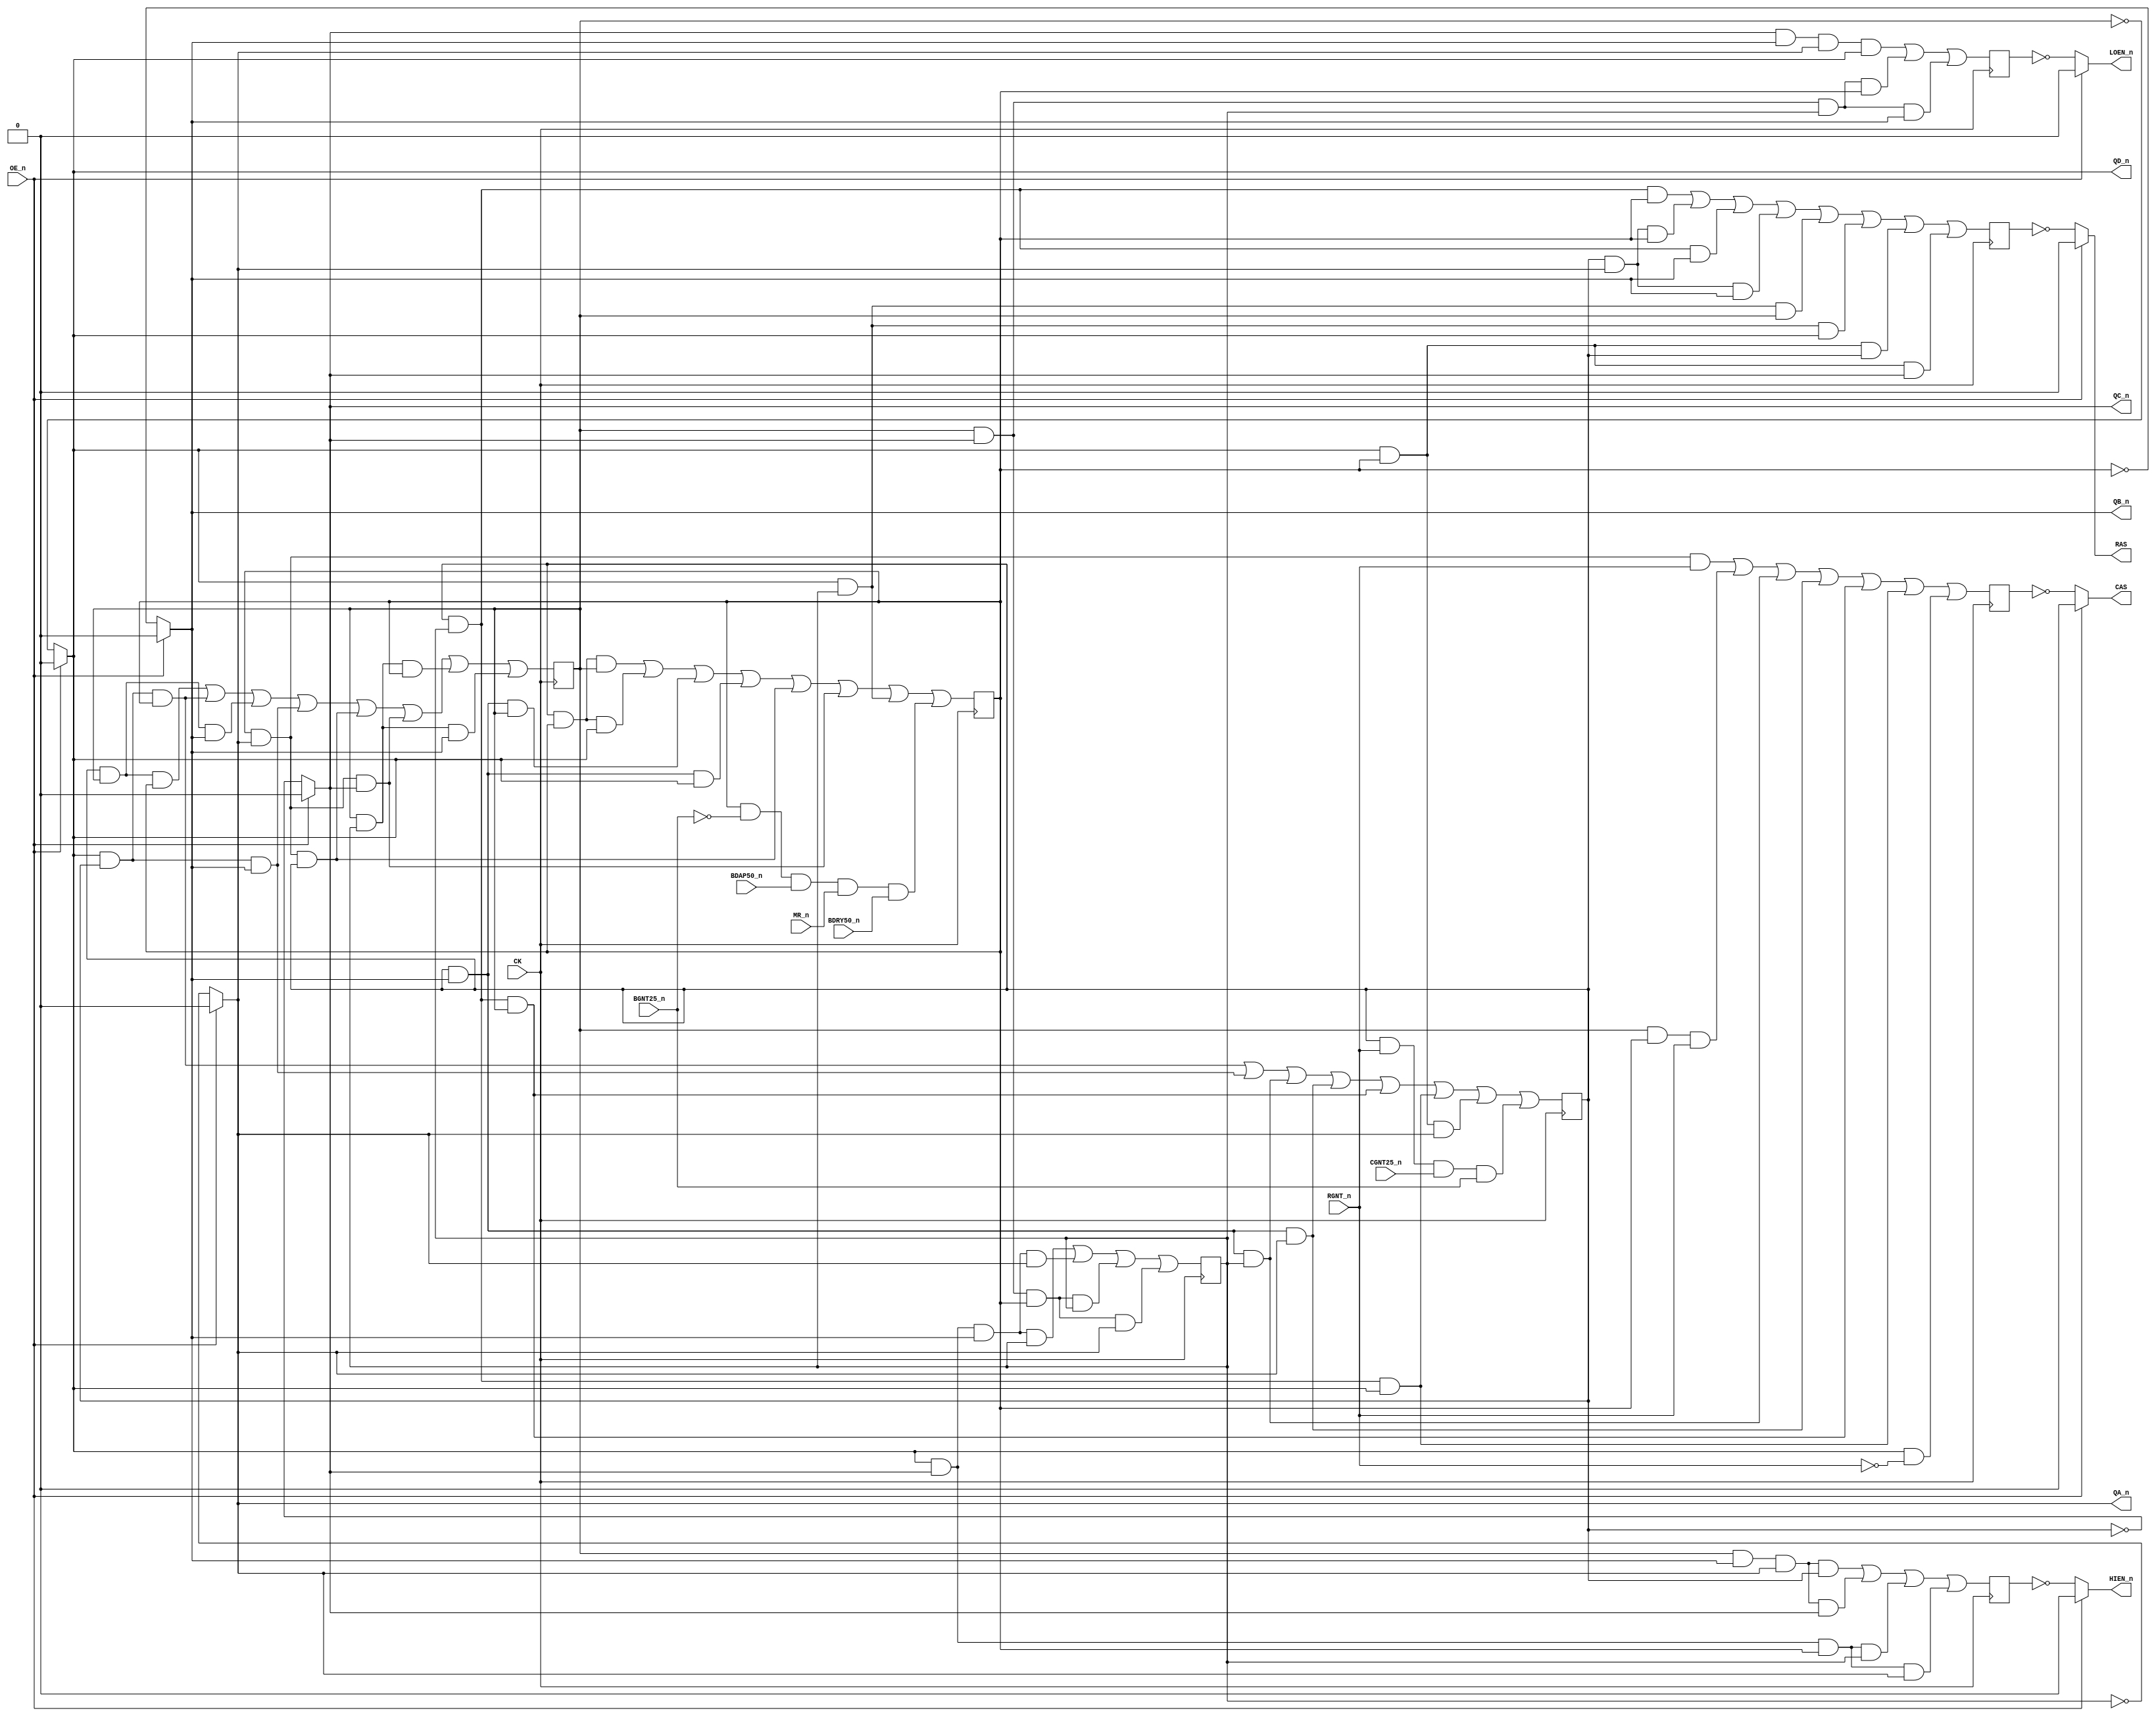
// This program was cloned from: https://github.com/RonnyA/nd-120
// License: MIT License

// PAL16R8
// ADGD 13/8/86
// 44902A,6F,RAMC (RAM CONTROL)

//  RAM CONTROL
//  Sheet 50 of 3202D

// PAL16R8 FAMILY
// PAL16R8 has 8 flip-flips, 8 inputs and 8 outputs (negated from flip-flops with 3-state support)

// https://rocelec.widen.net/view/pdf/c6dwcslffz/VANTS00080-1.pdf



// PCB 3202D sheet 50:
//
// PAL input signal PD3 is connected to PAL OE_n pin
//     input signal OSC is connectec to PAL CK pin

module PAL_44902A(
    input CK,           // Clock signal
    input OE_n,         // OUTPUT ENABLE (active-low) for Q0-Q5

    input RGNT_n,       // I0 - RGNT_n
    //input CGNT_n,       // I1 - CGNT_n (NOT USED!!)
    //input BGNT_n,       // I2 - BGNT_n (NOT USED!!)
    input BDAP50_n,     // I3 - BDAP50_n 
    input MR_n,         // I4 - MR_n 
    input BGNT25_n,     // I5 - BGNT25_n
    input CGNT25_n,     // I6 - CGNT25_n
    input BDRY50_n,     // I7 - BDRY50_n

    output QA_n,        // Q0_n - QA_n (n.c.)
    output QB_n,        // Q1_n - QB_n (n.c.)
    output QC_n,        // Q2_n - QC_n (n.c.)
    output QD_n,        // Q3_n - QD_n
    output RAS,         // Q4_n - RAS
    output CAS,         // Q5_n - CAS
    output LOEN_n,      // Q6_n - LOEN_n
    output HIEN_n       // Q7_n - HIEN_n

    //,output wire [3:0]  Q  // Enable to Debug to watch the value of Q change  
);

// negated input signals (not used signals are commented out)
wire RGNT = ~RGNT_n;       // I0 - RGNT_n
//wire CGNT = ~CGNT_n,       // I1 - CGNT_n
//wire BGNT = ~BGNT_n,       // I2 - BGNT_n 
//wire BDAP50 = ~BDAP50_n,   // I3 - BDAP50_n 
//wire MR = ~MR_n,           // I4 - MR_n 
wire BGNT25 = ~BGNT25_n;   // I5 - BGNT25_n
//wire CGNT25 = ~CGNT25_n,   // I6 - CGNT25_n
//wire BDRY50 = ~BDRY50_n,   // I7 - BDRY50_n


// Internal registers
reg QA_reg;    // Q0_n - QA_n (n.c.)
reg QB_reg;    // Q1_n - QB_n (n.c.)
reg QC_reg;    // Q2_n - QC_n (n.c.)
reg QD_reg;    // Q3_n - QD_n
reg RAS_n_reg; // Q4_n - RAS
reg CAS_n_reg; // Q5_n - CAS
reg LOEN_reg;  // Q6_n - LOEN_n
reg HIEN_reg;  // Q7_n - HIEN_n

// Register signals as wires (to help with the equations) (not used signals are commented out)
wire QA    = QA_reg;
wire QB    = QB_reg; 
wire QC    = QC_reg;
wire QD    = QD_reg;
//wire RAS_n = RAS_n_reg;
//wire CAS_n = CAS_n_reg;
//wire LOEN  = LOEN_reg;
//wire HIEN  = HIEN_reg;



//**** Sequential logic triggered on the rising edge of CLK ****
always @(posedge CK) begin       


// Logic for QA, QB, QC, QD

                                                                //  0)1110 IDLE UNIT NEXT GNT OF ANY TYPE
    QA_reg <=   ( QD_n & QC_n & QB_n & QA   )                   //  1)1010
              | ( QD_n & QC_n & QB_n & QA_n ) 
              | ( QD   & QC_n & QB   & QA   )                   //  2)1011 PAUSE UNTIL BDAP OCCURS (ONLY ON
              | ( QD   & QC_n & QB   & QA_n );
                                                                // NO WAIT STATE ON CPU TO MEMORY WRITE

    QB_reg <=  ( QC   & QB   & QD      )                        // 3) 1001
             | ( QC   & QB   & QD_n    )
             | ( QC   & QB_n & QD      )
             | ( QC   & QB_n & QD_n    )
             | ( QB   & QA_n & QC      )                        // 4) 1000
             | ( QB   & QA_n & QC_n    )
             | ( QD_n & QA             )                        // 5) 0000
             | ( QB   & BGNT25 & BDAP50_n & MR_n & BDRY50_n );  // 6) 0001
                                                                // 7) 0011

    QC_reg <=  ( QD_n & QC   & QB    )                          // 8) 0010
             | ( QD_n & QC   &  QB_n )
             | ( QC   & QB_n & QA    )                          // OTHER STATES WILL GO TO IDLE AFTER 1
             | ( QC   & QB_n & QA_n  )
             | ( QC   & QA   & QD    )
             | ( QC   & QA   & QD_n  )
             | ( QD_n & QB   & QA_n  )
             | ( QC   & RGNT_n & CGNT25_n & BGNT25_n );

    QD_reg <=  ( QC & QD   & QB    )
             | ( QC & QD_n & QB    )
             | ( QC & QD   & QB_n  )
             | ( QC & QD_n & QB_n  )
             | ( QB & QA_n & QC    )
             | ( QB & QA_n & QC_n  )
             | ( QD & QA   & QB    )
             | ( QD & QA   & QB_n  );

// Logic for RAS_n, CAS_n, HIEN_n, LOEN_n (active-low)
    RAS_n_reg <= ( QC   & QA   & QB   )     // RAS=1,2,3,4,5,6
               | ( QC   & QA_n & QB   ) 
               | ( QC   & QA   & QB_n )
               | ( QC   & QA_n & QB_n )
               | ( QD_n & QA   & QD   )
               | ( QD_n & QA   & QD_n )
               | ( QD_n & QB   & QC   )
               | ( QD_n & QB   & QC_n );

    LOEN_reg <= ( QC_n & QB_n & QA_n & QD_n )   // LOEN=3,4,5,6
              | ( QC_n & QB_n & QA_n & QD_n )
              | ( QD   & QC_n & QA   & QB   )
              | ( QD   & QC_n & QA   & QB_n );

    HIEN_reg <=  ( QD   & QB_n & QA_n & QC   )  // HIEN=0,1,2,8
               | ( QD   & QB_n & QA_n & QC_n )
               | ( QD_n & QC_n & QB   & QA   )
               | ( QD_n & QC_n & QB   & QA_n );

     CAS_n_reg <=  ( QB   & QA_n & RGNT_n  )     // CAS=4,5,6,7,8
                 | ( QD   & QB   & RGNT_n  )     // CAS ON REFRESH=1,2,3,4,5
                 | ( QC   & QB_n & QA      )
                 | ( QC   & QB_n & QA_n    ) 
                 | ( QC   & QA & QD        )
                 | ( QC   & QA & QD_n      )
                 | ( QD_n & RGNT           );

    

end

// Tri-state control for Q outputs
// Assigning outputs with three-state logic controlled by OE_n

assign QA_n   = OE_n ? 1'b0 : ~QA_reg;    // Q0_n 
assign QB_n   = OE_n ? 1'b0 : ~QB_reg;    // Q1_n 
assign QC_n   = OE_n ? 1'b0 : ~QC_reg;    // Q2_n 
assign QD_n   = OE_n ? 1'b0 : ~QD_reg;    // Q3_n 
assign RAS    = OE_n ? 1'b0 : ~RAS_n_reg; // Q4_n 
assign CAS    = OE_n ? 1'b0 : ~CAS_n_reg; // Q5_n 
assign LOEN_n = OE_n ? 1'b0 : ~LOEN_reg;  // Q6_n
assign HIEN_n = OE_n ? 1'b0 : ~HIEN_reg;  // Q7_n

// Debugging, if you want to se the 4-bit value of Q easier
//assign Q = {QD, QC, QB, QA};

endmodule

/*

DESCRIPTION

; 190387 JLB: RAS & CAS INVERTED.
; 190387 JLB: BGNT25 NEW INPUT. USED TO DELAY STATE MACHINE TURN ON 25NS ON
; BUS CYCLES.
; 230387 CJTC: CGNT25 NEW INPUT. USED TO DELAY STATE MACHINE TURN ON 25NS ON
; CPU CYCLES.
; 020487 JLB: BDRY50 WILL GET US OUT OF THE WAIT STATE ON TIMEOUT.
; 180587 M3202B
; 060887 JLB: MAXIMIZE EQUATIONS WITH INTERNAL FEEDBACK TO MATCH CLOCK SKEW.

*/